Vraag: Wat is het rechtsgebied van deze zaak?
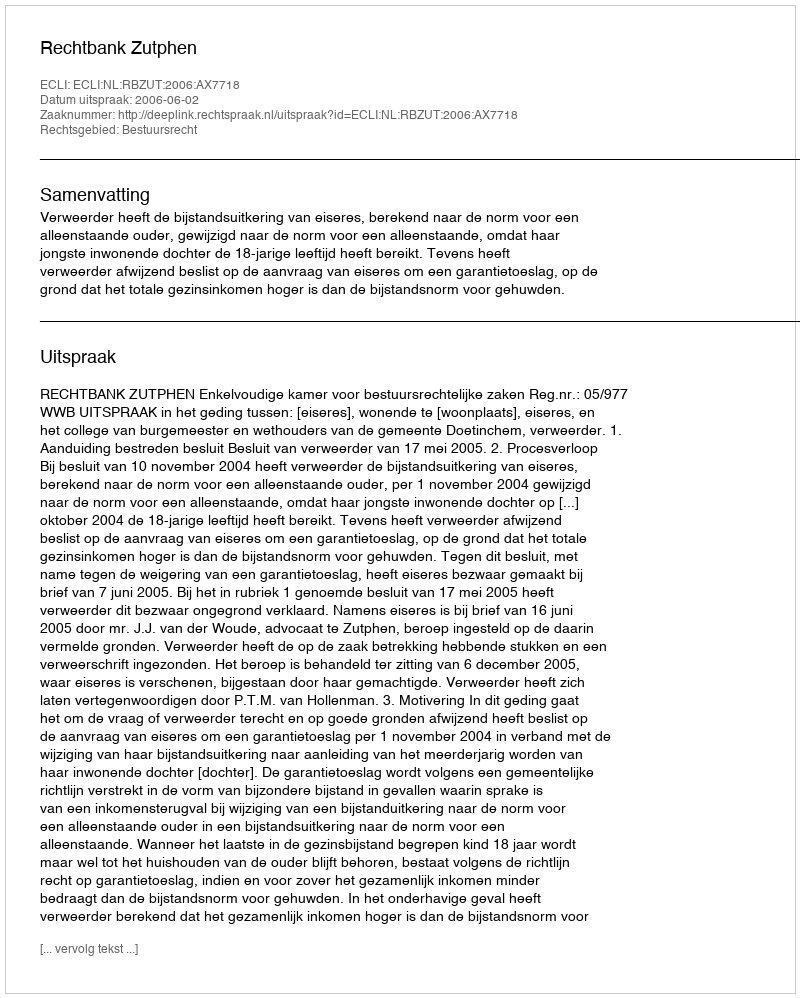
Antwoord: Bestuursrecht